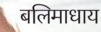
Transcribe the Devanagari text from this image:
बलिमाधाय